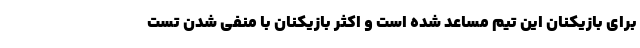
برای بازیکنان این تیم مساعد شده است و اکثر بازیکنان با منفی شدن تست